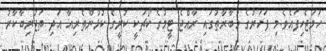
ހަމަޖެހިފައެވެ.މި ފަހަރުގެ މުބާރާތުގައި ރާއްޖެ ޓީމުގެ ކޯޗަކީ ކުރީގެ ކުޅުންތެރިއާ އަދި ތަޖުރިބާކާރު